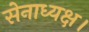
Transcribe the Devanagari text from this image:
सेनाध्यक्ष।